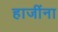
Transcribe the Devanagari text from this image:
हाजींना